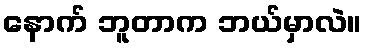
နောက် ဘူတာက ဘယ်မှာလဲ။